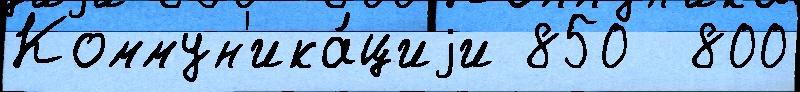
Коммун'ика́циjи 850  800